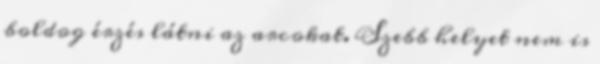
boldog érzés látni az arcokat. Szebb helyet nem is